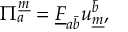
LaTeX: \Pi _ { a } ^ { \underline { { { m } } } } = \underline { { { F } } } _ { { a } { \bar { b } } } u _ { \underline { { { m } } } } ^ { \bar { b } } ,